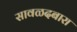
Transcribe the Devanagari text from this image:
सावळदबारा